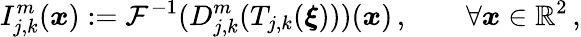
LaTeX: I_{j,k}^{m}(\boldsymbol{x}):=\mathcal{F}^{-1}(D_{j,k}^{m}(T_{j,k}(\boldsymbol{\xi})))(\boldsymbol{x})\, ,\qquad\forall\boldsymbol{x}\in\mathbb{R}^{2}\, ,